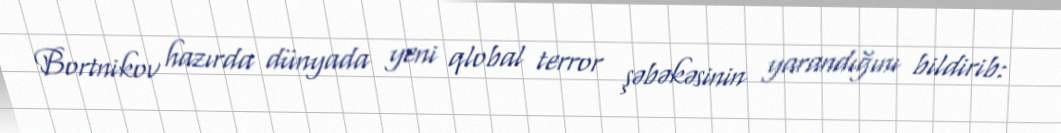
Bortnikov hazırda dünyada yeni qlobal terror şəbəkəsinin yarandığını bildirib: